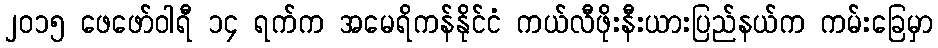
၂၀၁၅ ဖေဖော်ဝါရီ ၁၄ ရက်က အမေရိကန်နိုင်ငံ ကယ်လီဖိုးနီးယားပြည်နယ်က ကမ်းခြေမှာ